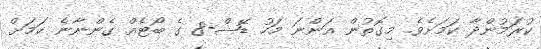
ކުރަމުންދާ ކަމަށެވެ. މިގޮތުން އަންނަ މަހު ޑޭޝް-8 ގެ ބޯޓެއް ގެންނާނެ ކަމަށް